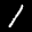
Label: 1